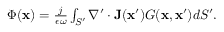
\begin{array} { r } { \Phi ( \mathbf { x } ) = \frac { j } { \epsilon \omega } \int _ { S ^ { \prime } } \nabla ^ { \prime } \cdot \mathbf { J } ( \mathbf { x } ^ { \prime } ) G ( \mathbf { x } , \mathbf { x } ^ { \prime } ) d S ^ { \prime } . } \end{array}